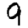
Digit: 9